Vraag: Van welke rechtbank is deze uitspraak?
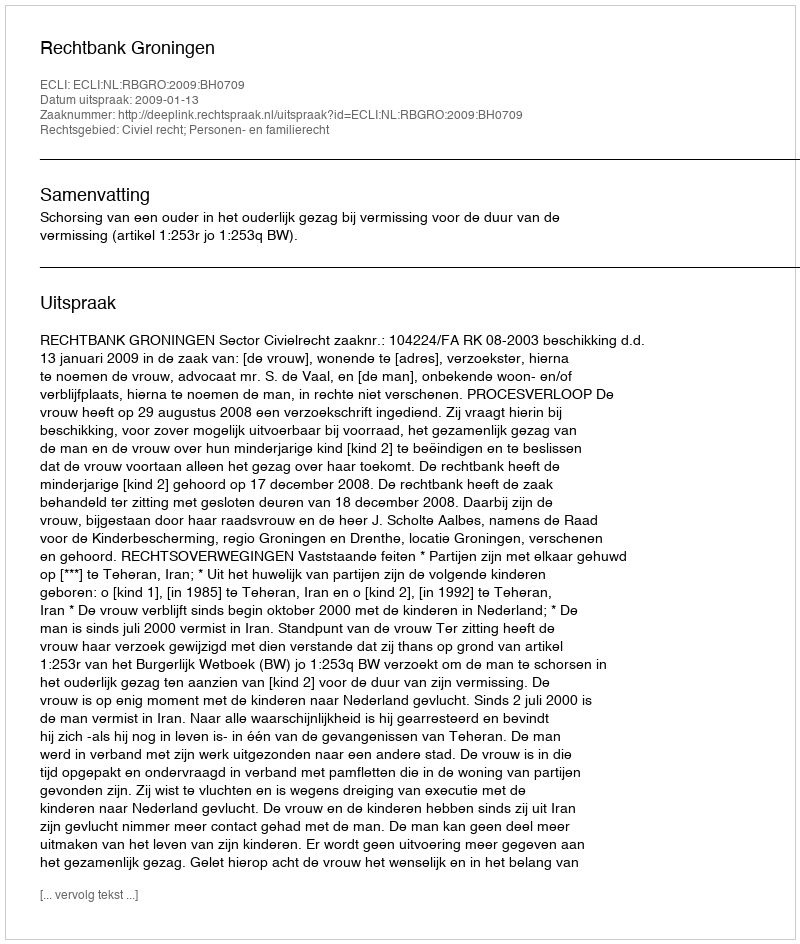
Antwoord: Rechtbank Groningen